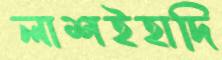
লাশইহাদি